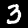
Label: 3